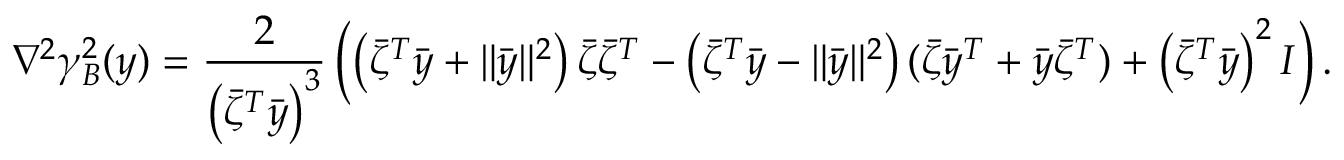
\nabla ^ { 2 } \gamma _ { B } ^ { 2 } ( y ) = \frac { 2 } { \left( \bar { \zeta } ^ { T } \bar { y } \right) ^ { 3 } } \left( \left( \bar { \zeta } ^ { T } \bar { y } + \| \bar { y } \| ^ { 2 } \right) \bar { \zeta } \bar { \zeta } ^ { T } - \left( \bar { \zeta } ^ { T } \bar { y } - \| \bar { y } \| ^ { 2 } \right) ( \bar { \zeta } \bar { y } ^ { T } + \bar { y } \bar { \zeta } ^ { T } ) + \left( \bar { \zeta } ^ { T } \bar { y } \right) ^ { 2 } I \right) .